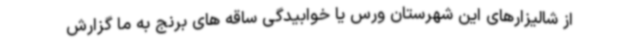
از شالیزارهای این شهرستان ورس یا خوابیدگی ساقه های برنج به ما گزارش